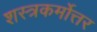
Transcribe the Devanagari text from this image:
शस्त्रकर्मोत्तर